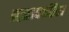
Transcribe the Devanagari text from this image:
प्रज्ञापारिता